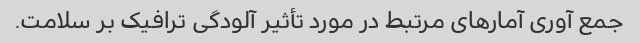
جمع آوری آمارهای مرتبط در مورد تأثیر آلودگی ترافیک بر سلامت.